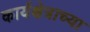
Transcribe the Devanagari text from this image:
कार्यक्षेत्राच्या